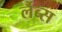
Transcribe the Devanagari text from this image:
र्लैब्स